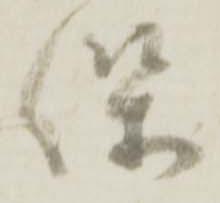
保